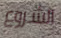
الشروع